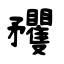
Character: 矡